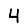
Digit: 4